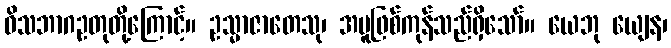
ဝိသဘာဂဥတုတို့ကြောင့်။ ဥသ္မာဇာတေသု၊ အပူဖြစ်ကုန်သည်ရှိသော်။ ယေဘု ယျေန၊